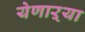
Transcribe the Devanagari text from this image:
येणाऱ्या